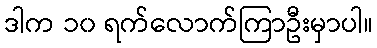
ဒါက ၁၀ ရက်လောက်ကြာဦးမှာပါ။